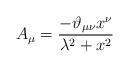
LaTeX: \begin{align*}A_{\mu} = \frac{-\vartheta _{\mu \nu} x^\nu }{\lambda ^2+ x^2}\end{align*}